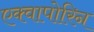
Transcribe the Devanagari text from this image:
एक्वापोरिन